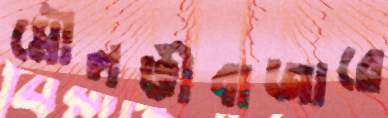
মৌলভীবাজারে